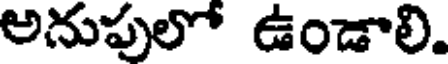
అనుపులో ఉండాలి.